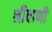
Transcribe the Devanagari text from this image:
श्रीवाणी